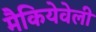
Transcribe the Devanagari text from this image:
मैकियेवेली